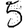
Digit: 5